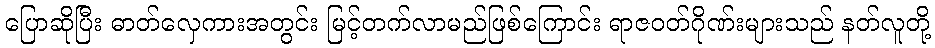
ပြောဆိုပြီး ဓာတ်လှေကားအတွင်း မြင့်တက်လာမည်ဖြစ်ကြောင်း ရာဇဝတ်ဂိုဏ်းများသည် နတ်လူတို့